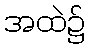
အထဲ၌